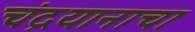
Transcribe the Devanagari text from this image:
चंद्रयानाचा